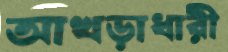
আখড়াধারী